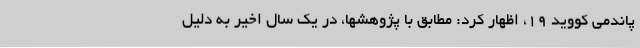
پاندمی کووید ۱۹، اظهار کرد: مطابق با پژوهشها، در یک سال اخیر به دلیل